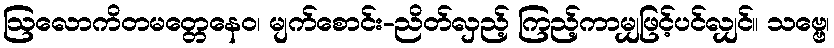
ဩလောကိတမတ္တေနေဝ၊ မျက်စောင်း-ညိတ်လှည့် ကြည့်ကာမျှဖြင့်ပင်လျှင်။ သဗ္ဗေ၊